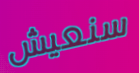
سنعيش